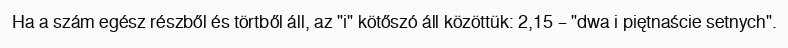
Ha a szám egész részből és törtből áll, az "i" kötőszó áll közöttük: 2,15 – "dwa i piętnaście setnych".